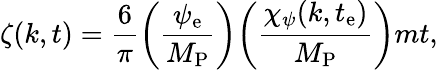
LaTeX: \zeta(k,t)=\frac{6}{\pi}\biggl(\frac{\psi_{\mathrm{e}}}{M_{\mathrm{P}}}\biggr)\biggl(\frac{\chi_{\psi}(k,t_{\mathrm{e}})}{M_{\mathrm{P}}}\biggr)mt,